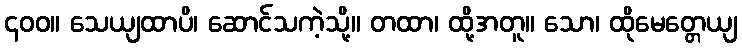
၄၀၀။ သေယျထာပိ၊ ဆောင်သကဲ့သို့။ တထာ၊ ထို့အတူ။ သော၊ ထိုမေတ္တေယျ